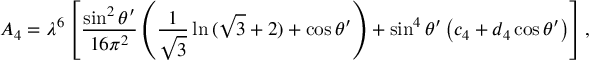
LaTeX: A _ { 4 } = \lambda ^ { 6 } \left[ { \frac { \sin ^ { 2 } \theta ^ { \prime } } { 1 6 \pi ^ { 2 } } } \left( { \frac { 1 } { \sqrt { 3 } } } \ln { ( \sqrt { 3 } + 2 ) } + \cos \theta ^ { \prime } \right) + \sin ^ { 4 } \theta ^ { \prime } \left( c _ { 4 } + d _ { 4 } \cos \theta ^ { \prime } \right) \right] ,